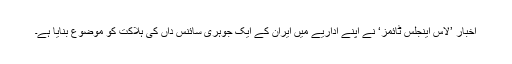
اخبار ’لاس اینجلس ٹائمز‘ نے اپنے اداریے میں ایران کے ایک جوہری سائنس داں کی ہلاکت کو موضوع بنایا ہے۔